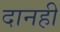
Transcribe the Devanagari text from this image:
दानही